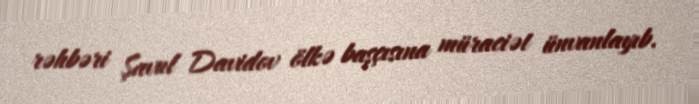
rəhbəri Şavul Davidov ölkə başçısına müraciət ünvanlayıb.